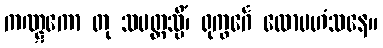
ကဏ္ဋကော တု သပတ္တသ္မိံ၊ ရုက္ခင်္ဂေ လောမဟံသနေ။